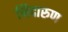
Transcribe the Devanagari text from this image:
निदारुण